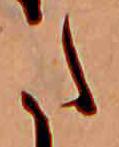
た